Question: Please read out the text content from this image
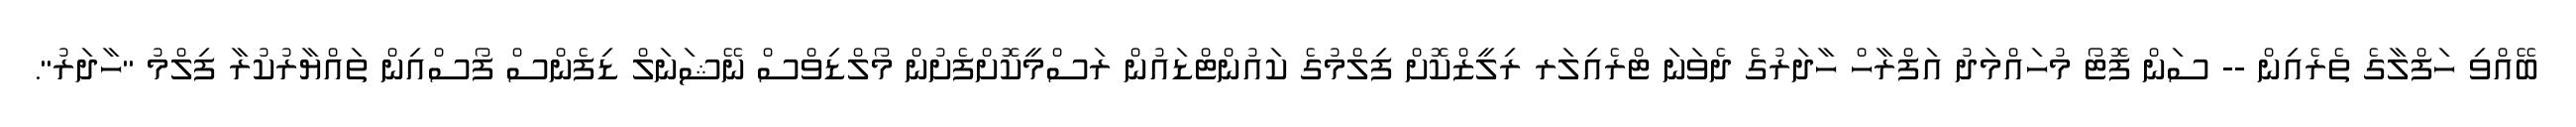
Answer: ބޭއްވި ހަފްލާގެ ތެރެއިން -- ސަން ފޮޓޯ މުހައްމަދު އަފްރާހް ހާދަރުގެ ދެވަނަ ޓްރެއިލަރ ރިލީޒްކޮށް ފިލްމުގެ ކައުންޓްޑައުން ރަސްމީކޮށްފެށުން މޯލްޑިވްސް ނޭޝަނަލް ޑިފެންސް ފޯސްއިން ތައްޔާރުކުރާ ފިލްމު "ހާދަރު".